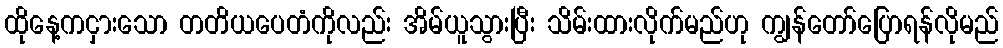
ထိုနေ့ကငှားသော တတိယပေတံကိုလည်း အိမ်ယူသွားပြီး သိမ်းထားလိုက်မည်ဟု ကျွန်တော်ပြောရန်လိုမည်